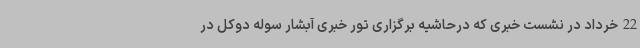
22خرداد در نشست خبری که درحاشیه برگزاری تور خبری آبشار سوله دوکل در